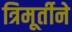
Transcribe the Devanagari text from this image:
त्रिमूर्तीने